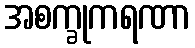
အစက္ခုကရဏာ